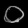
Digit: ၀